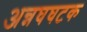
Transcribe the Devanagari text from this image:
अन्नघघटक